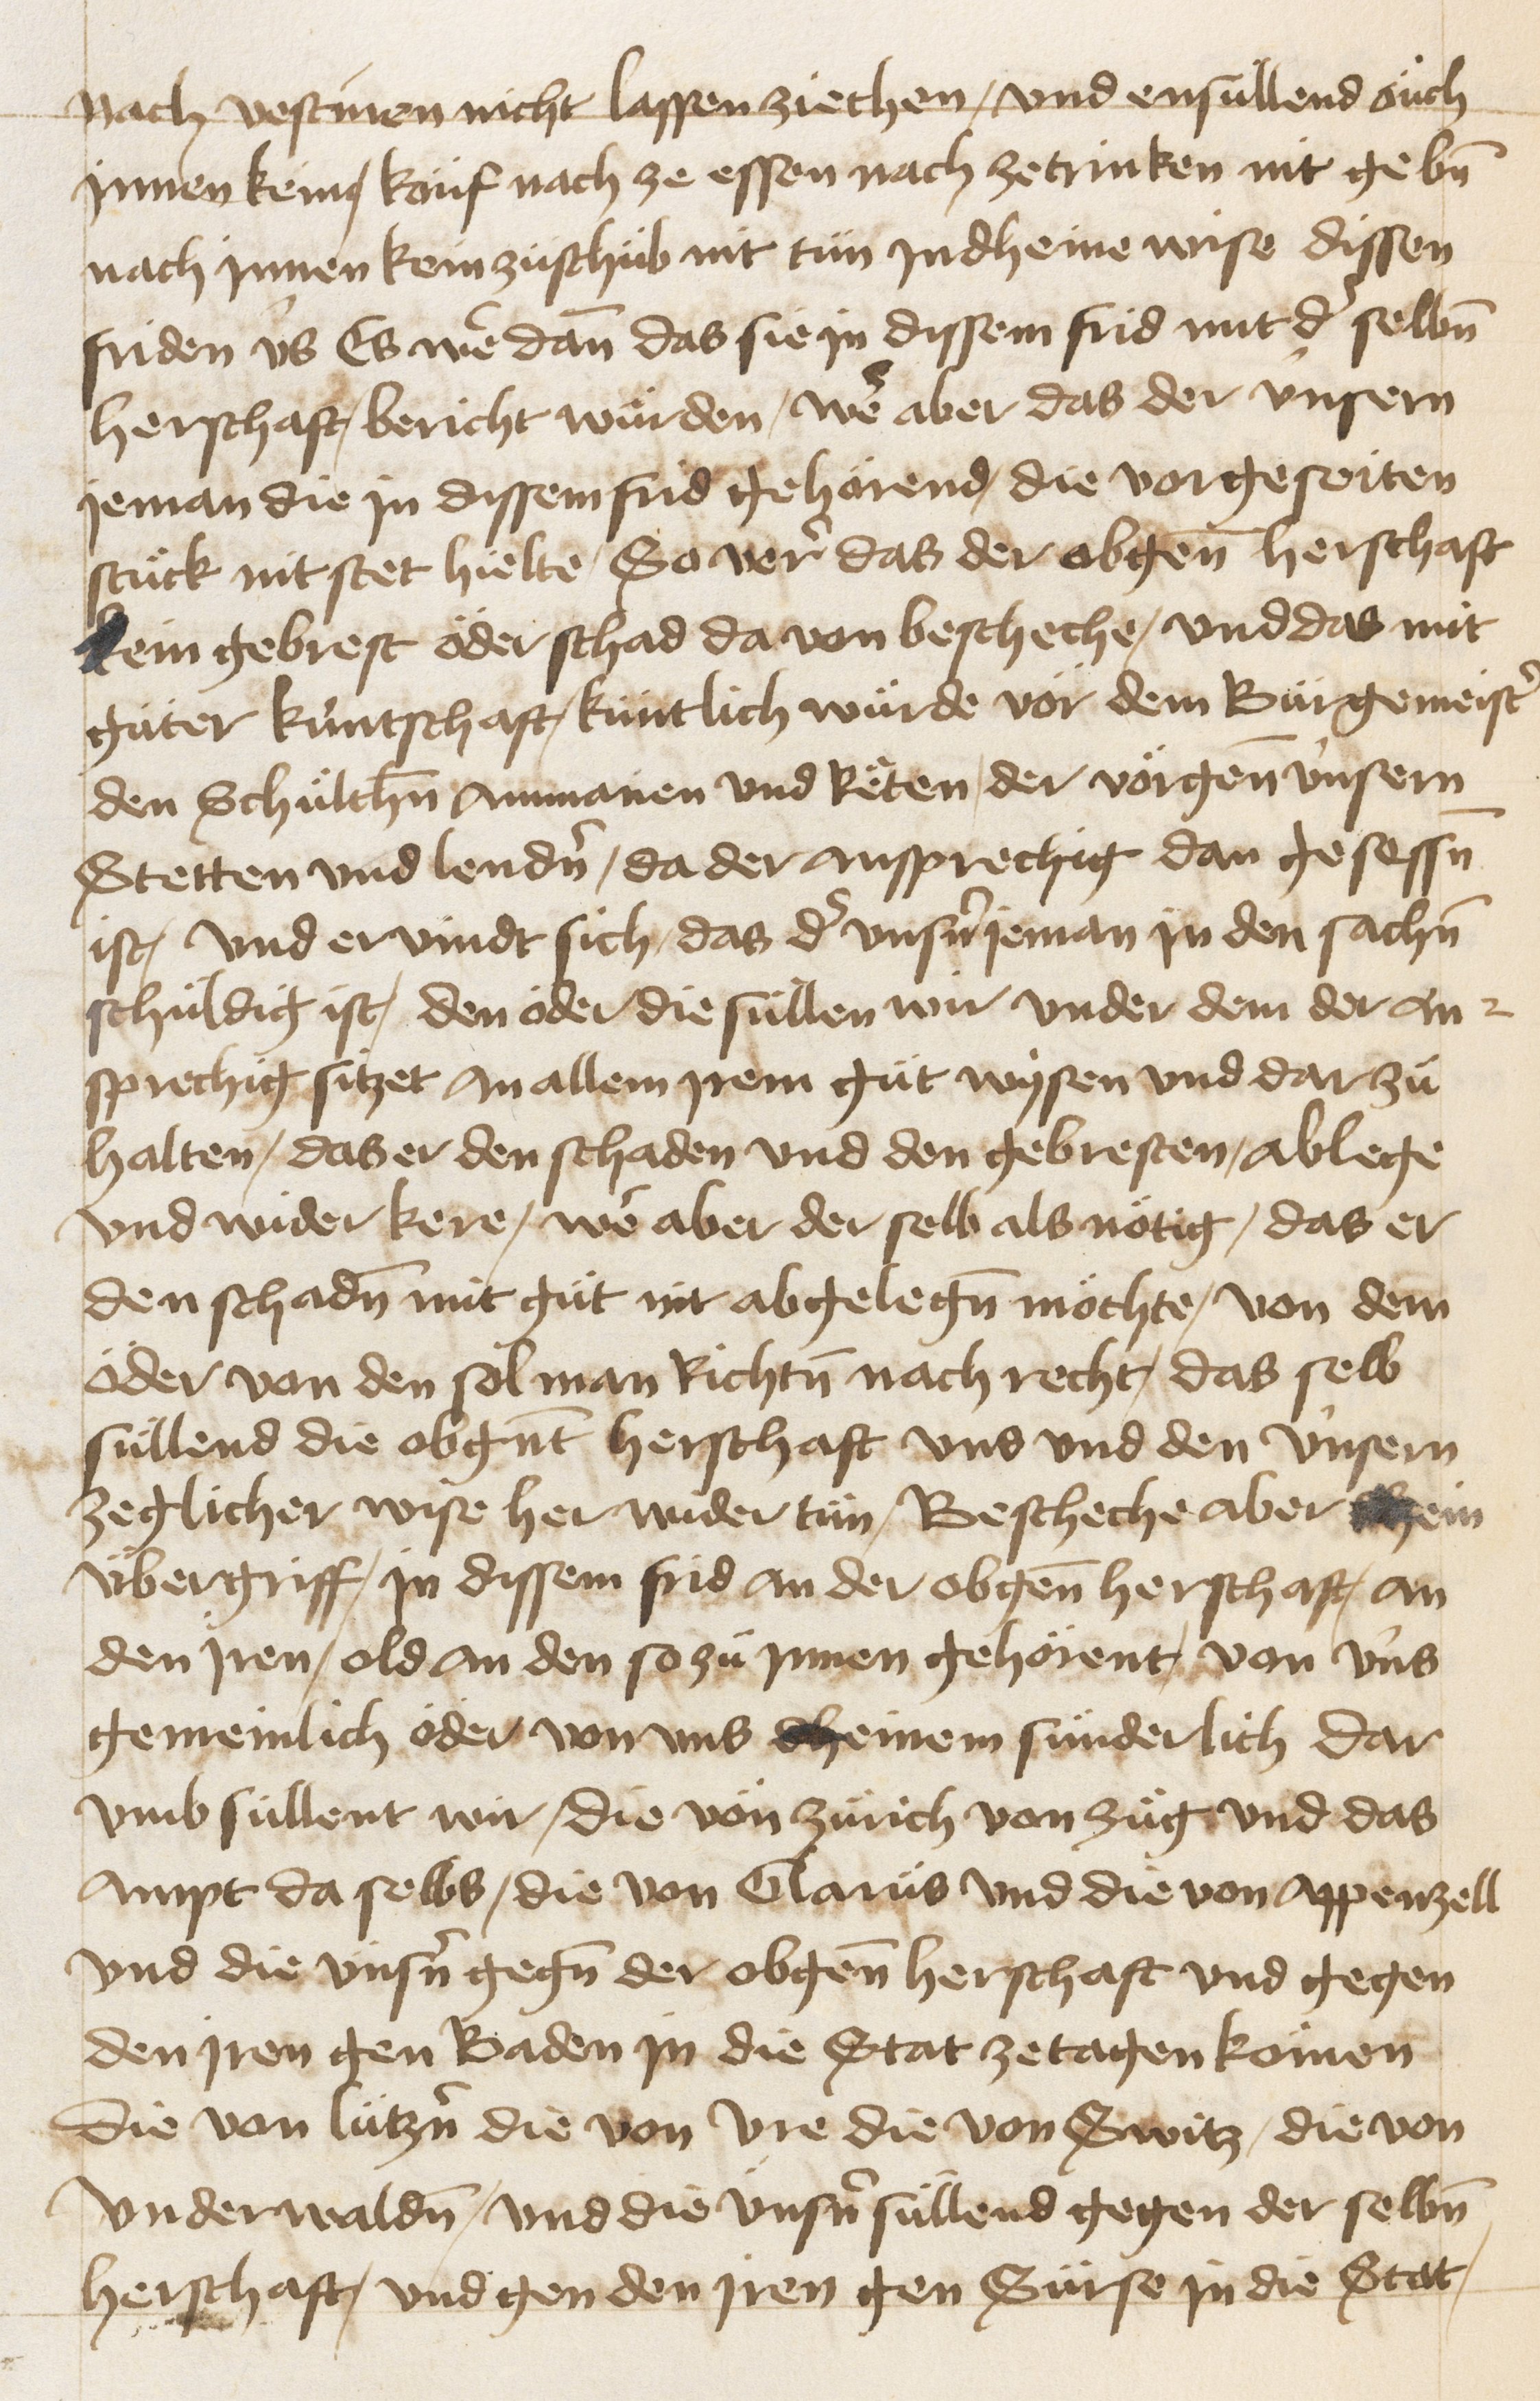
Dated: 1470–1607